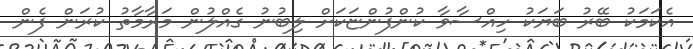
އެކަމަކު ބޭރު ބަޔަކު ހިއްސާވާ ކުންފުންޏަކަށް ލިބުނު ގެއްލުން މަރާމާތު ކުރަން ފެން